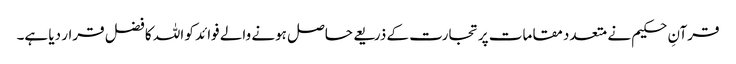
قرآنِ حکیم نے متعدد مقامات پرتجارت کے ذریعے حاصل ہونے والے فوائد کو اللہ کا فضل قرار دیا ہے۔